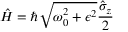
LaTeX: { \hat { H } } = \hbar { \sqrt { \omega _ { 0 } ^ { 2 } + \epsilon ^ { 2 } } } { \frac { { \hat { \sigma } } _ { z } } { 2 } }